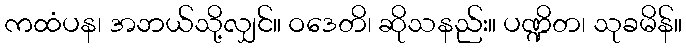
ကထံပန၊ အဘယ်သို့လျှင်။ ဝဒေတိ၊ ဆိုသနည်း။ ပဏ္ဍိတ၊ သုခမိန်။